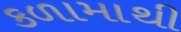
કળામાથી